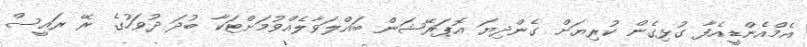
އެމްއެންޑީއެފާ ގުޅިގެން ކުރިޔަށް ގެންދިޔަ އޮޕަރޭޝަން ބައްލަވާލެއްވުމަށްޓަކާ ބުދަ ދުވަހުގެ ރޭ ރައީސް